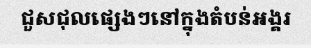
ជួសជុលផ្សេងៗនៅក្នុងតំបន់អង្គរ